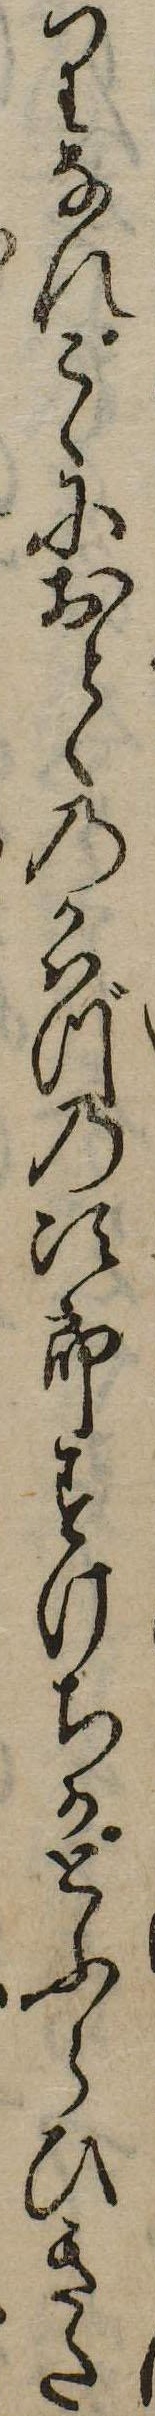
りなれこゝにおとゝのかはづの次郎すけちかとふらひきた